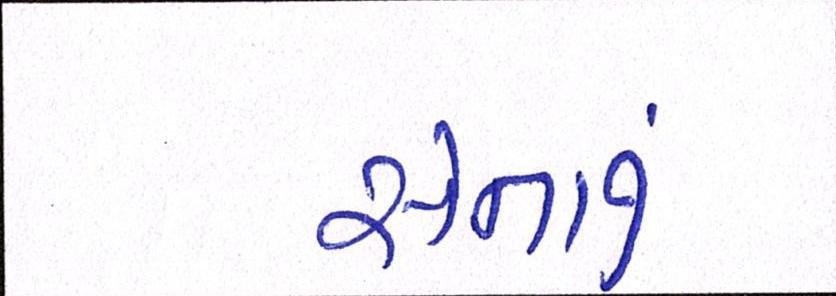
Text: સેનાનું